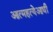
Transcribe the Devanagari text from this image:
आत्महत्येआधी